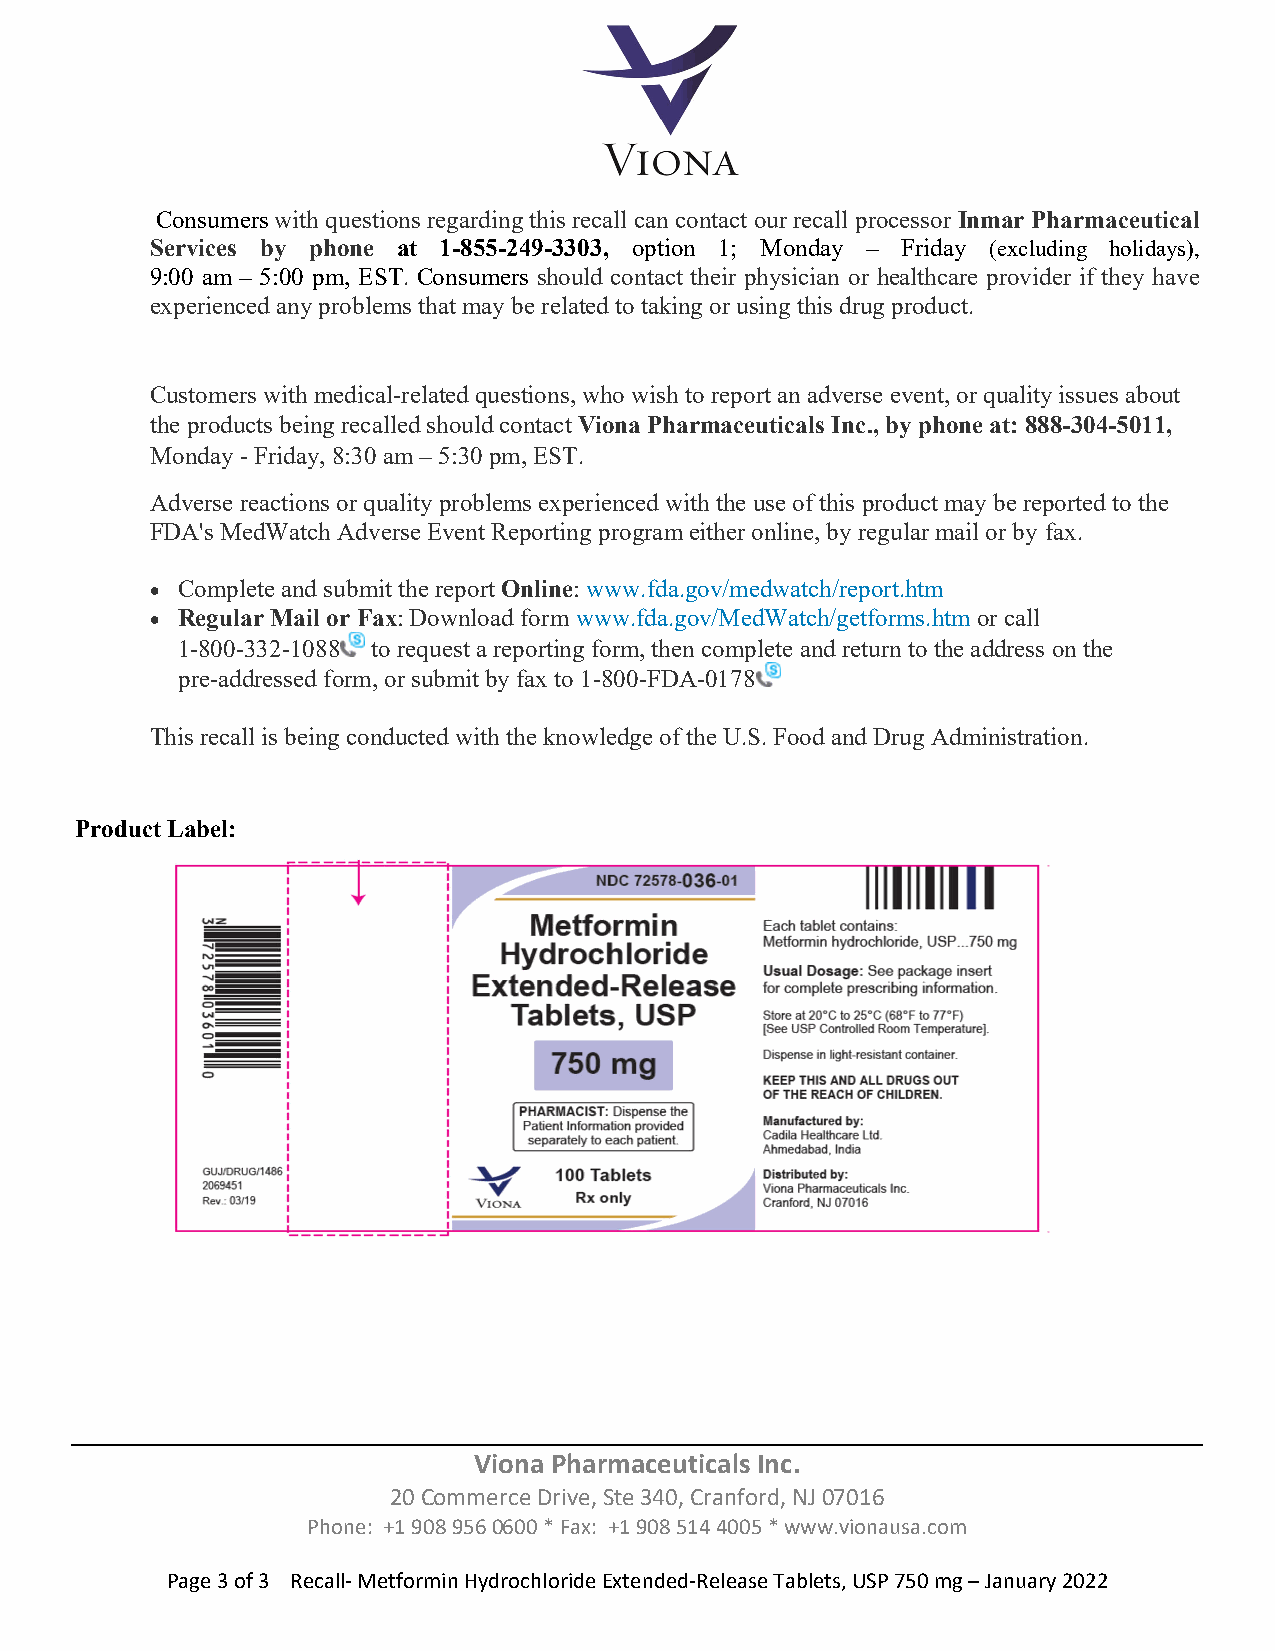
Consumers with questions regarding this recall can contact our recall processor Inmar Pharmaceutical
 Services by phone at 1-855-249-3303, option 1; Monday – Friday (excluding holidays),
 9:00 am – 5:00 pm, EST. Consumers should contact their physician or healthcare provider if they have
 experienced any problems that may be related to taking or using this drug product.
 Customers with medical-related questions, who wish to report an adverse event, or quality issues about
 the products being recalled should contact Viona Pharmaceuticals Inc., by phone at: 888-304-5011,
 Monday - Friday, 8:30 am – 5:30 pm, EST.
 Adverse reactions or quality problems experienced with the use of this product may be reported to the
 FDA's MedWatch Adverse Event Reporting program either online, by regular mail or by fax.
  Complete and submit the report Online: www.fda.gov/medwatch/report.htm
  Regular Mail or Fax: Download form www.fda.gov/MedWatch/getforms.htm or call
 1-800-332-1088 to request a reporting form, then complete and return to the address on the
 pre-addressed form, or submit by fax to 1-800-FDA-0178
 This recall is being conducted with the knowledge of the U.S. Food and Drug Administration.
 Product Label:
 Viona Pharmaceuticals Inc.
 20 Commerce Drive, Ste 340, Cranford, NJ 07016
 Phone: +1 908 956 0600 * Fax: +1 908 514 4005 * www.vionausa.com
 Page 3 of 3 Recall‐ Metformin Hydrochloride Extended‐Release Tablets, USP 750 mg – January 2022